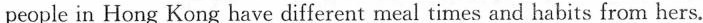
people in Hong Kong have different meal times and habits from hers.